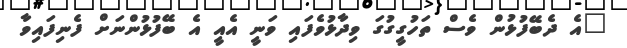
"އެ ދެބޭފުޅުން ވެސް ތަހުގީގުގަ ވިދާޅުވެފައި ވަނީ އެއީ އެ ބޭފުޅުންނަށް ފެނިފައިވާ